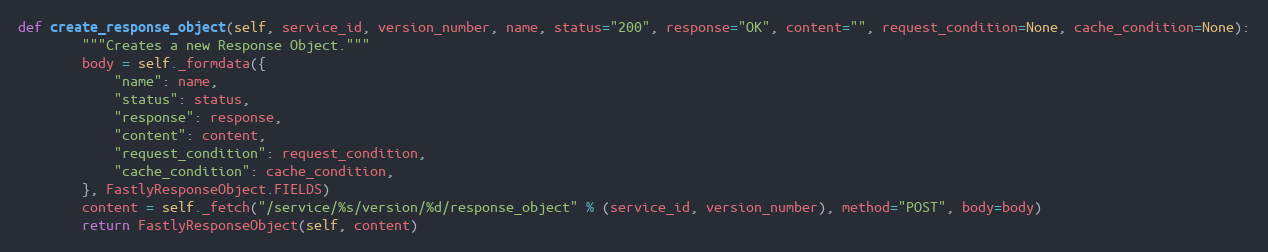
Language: Python
def create_response_object(self, service_id, version_number, name, status="200", response="OK", content="", request_condition=None, cache_condition=None):
		"""Creates a new Response Object."""
		body = self._formdata({
			"name": name,
			"status": status,
			"response": response,
			"content": content,
			"request_condition": request_condition,
			"cache_condition": cache_condition,
		}, FastlyResponseObject.FIELDS)
		content = self._fetch("/service/%s/version/%d/response_object" % (service_id, version_number), method="POST", body=body)
		return FastlyResponseObject(self, content)